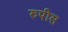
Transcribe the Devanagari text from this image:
रुपीस